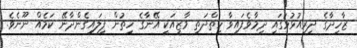
ޒާހިދާގެ ދިރިއުޅުމުގައި ދިމާވެފައިވާ ހިތްދަތި މާޒީއަކީ އޭނާގެ ހިތުން ފިލައިގެންދާނޭ ކަމެއް ނޫނެވެ.